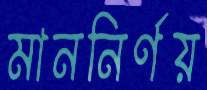
মাননির্ণয়